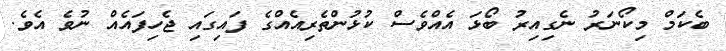
ބެކަމް މިކޯނަރު ނެގިއިރު ބޯޅަ އެއްވެސް ކުޅުންތެރިއެއްގެ ފައިގައި ޖެހިފައެއް ނުވެ އެވެ.